Leaving Certificate Examination (including Day School Certificate (Higher) General paper), 1927
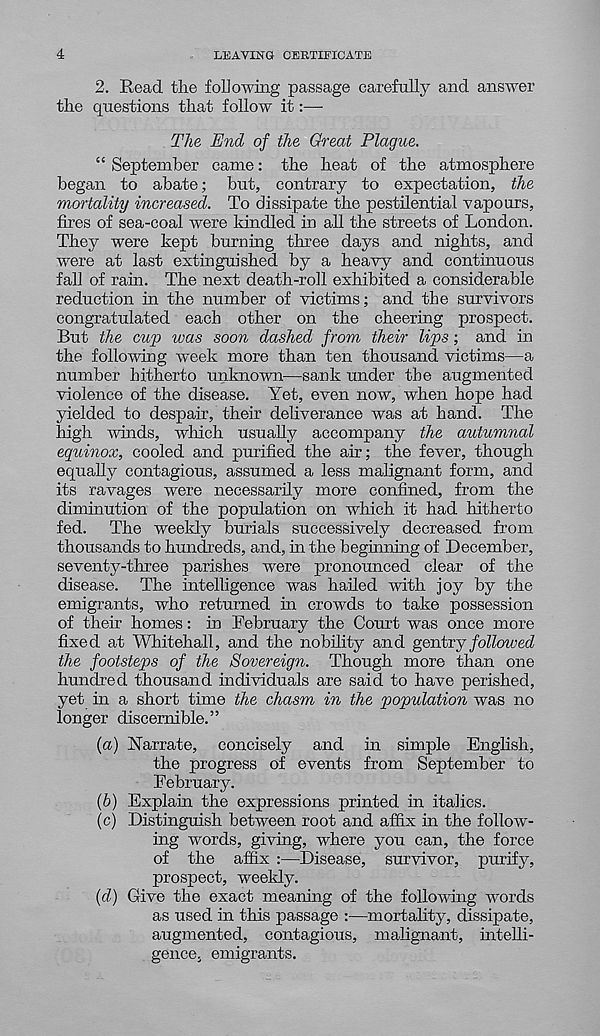
4
LEAVING CERTIEIGATE
2. Read the following passage carefully and answer
the questions that follow it:—-
The End of the Great Plague.
“ September came: the heat of the atmosphere
began to abate; but, contrary to expectation, the
mortality increased. To dissipate the pestilential vapours,
fires of sea-coal were kindled in all the streets of London.
They were kept burning three days and nights, and
were at last extinguished by a heavy and continuous
fall of rain. The next death-roll exhibited a considerable
reduction in the number of victims; and the survivors
congratulated each other on the cheering prospect.
But the cup was soon dashed from their lips; and in
the following week more than ten thousand victims—a
number hitherto unknown—sank under the augmented
violence of the disease. Yet, even now, when hope had
yielded to despair, their deliverance was at hand. The
high winds, which usually accompany the autumnal
equinox, cooled and purified the air; the fever, though
equally contagious, assumed a less malignant form, and
its ravages were necessarily more confined, from the
diminution of the population on which it had hitherto
fed. The weekly burials successively decreased from
thousands to hundreds, and, in the beginning of December,
seventy-three parishes were pronounced clear of the
disease. The intelligence was hailed with joy by the
emigrants, who returned in crowds to take possession
of their homes: in February the Court was once more
fixed at Whitehall, and the nobility and gentry followed
the footsteps of the Sovereign. Though more than one
hundred thousand individuals are said to have perished,
yet in a short time the chasm in the population was no
longer discernible.”
{a) Narrate, concisely and in simple English,
the progress of events from September to
February.
(h) Explain the expressions printed in italics.
(c) Distinguish between root and affix in the follow-
ing words, giving, where you can, the force
of the affix :—Disease, survivor, purify,
prospect, weekly.
(d) Give the exact meaning of the following words
as used in this passage :—mortality, dissipate,
augmented, contagious, malignant, intelli-
gence, emigrants.